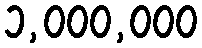
၁,၀၀၀,၀၀၀